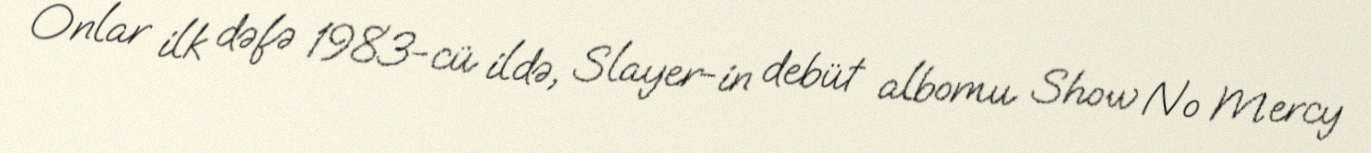
Onlar ilk dəfə 1983-cü ildə, Slayer-in debüt albomu Show No Mercy